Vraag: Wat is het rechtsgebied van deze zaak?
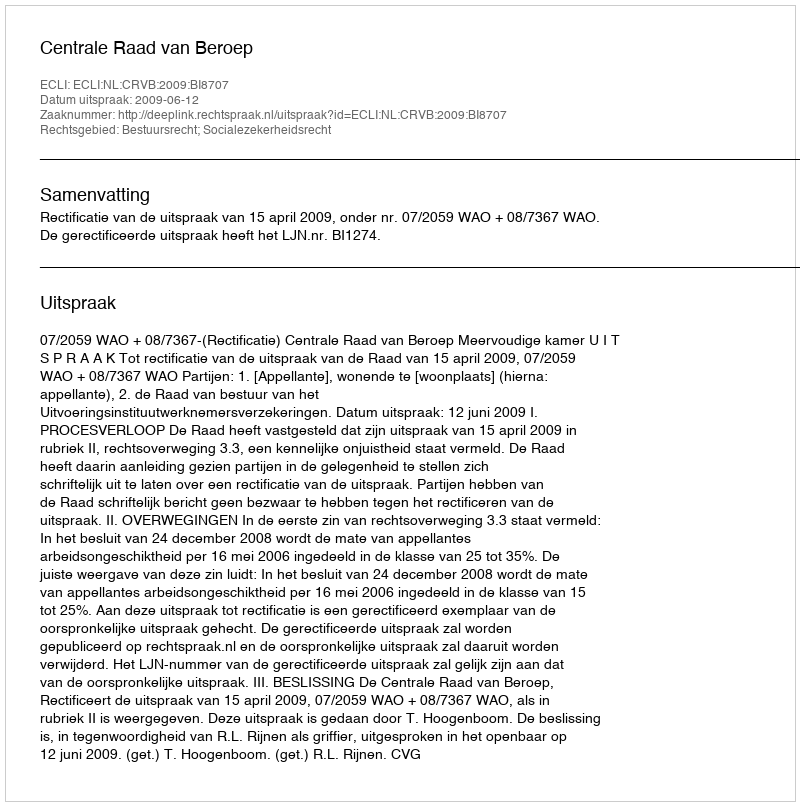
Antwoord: Bestuursrecht; Socialezekerheidsrecht